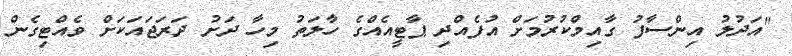
"އަދުލު އިންސާފު ގާއިމްކުރުމަށް އުފެއްދި ޕާޓީއެއްގެ ހާލަތު މިހާ ދަށު ދަރަޖައަކަށް ވެއްޓިގެން